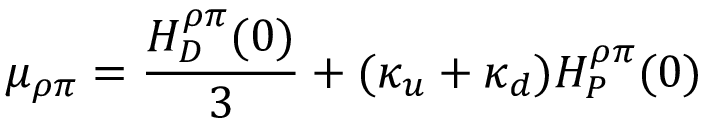
\mu _ { \rho \pi } = \frac { H _ { D } ^ { \rho \pi } ( 0 ) } { 3 } + ( \kappa _ { u } + \kappa _ { d } ) H _ { P } ^ { \rho \pi } ( 0 )